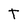
Character: T